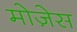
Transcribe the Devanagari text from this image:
मोजे़स